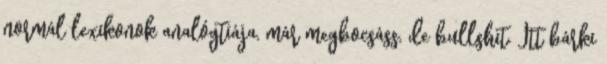
normál lexikonok analógtiája, már megbocsáss, de bullshit. Itt bárki